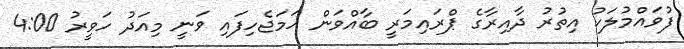
ފުވައްމުލަކު އިތުރު ދާއިރާގެ ޕްރައިމަރީ ބާއްވަން ހަމަޖެހިފައި ވަނީ މިއަދު ހަވީރު 4:00